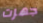
جهزت